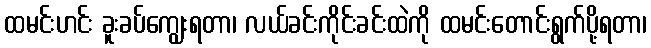
ထမင်းဟင်း ခူးခပ်ကျွေးရတာ၊ လယ်ခင်းကိုင်းခင်းထဲကို ထမင်းတောင်းရွက်ပို့ရတာ၊